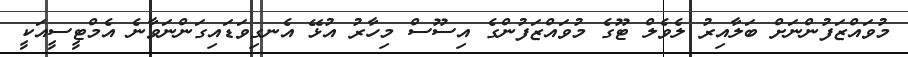
މުވައްޒަފުންނަށް ބަލާއިރު ލެވެލް ޓޫގެ މުވައްޒަފުންގެ އިސޫސް މިހާރު އުޅޭ އެނގިވަޑައިގަންނަވާނެ އެމްޓީސީއަކީ